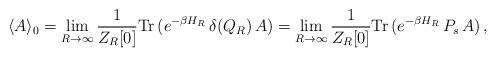
LaTeX: \begin{align*}\langle A \rangle _{0} = \lim_{R\rightarrow\infty}\frac{1}{Z_{R}[0]} \mbox{Tr}\, (e^{-\beta H_{R}}\, \delta(Q_R)\, A) =\lim_{R\rightarrow\infty} \frac{1}{Z_{R}[0]}\mbox{Tr}\, (e^{-\beta H_{R}}\,P_{s}\,A)\,,\end{align*}